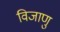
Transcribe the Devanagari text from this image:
विजाणु